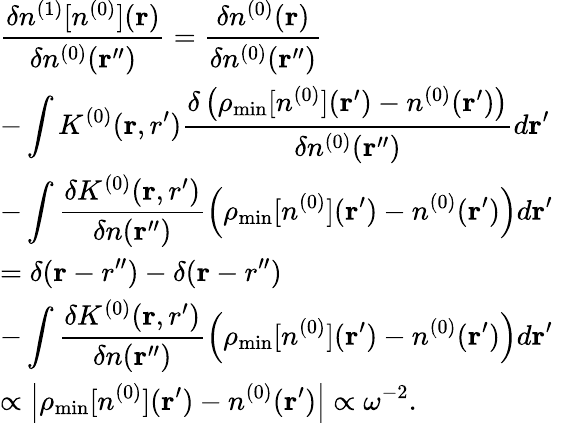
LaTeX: \begin{array}{l}{{\displaystyle\frac{\delta n^{(1)}[n^{(0)}]({\mathbf r})}{\delta n^{(0)}({\mathbf r^{\prime\prime}})}=\frac{\delta n^{(0)}({\mathbf r})}{\delta n^{(0)}({\mathbf r^{\prime\prime}})}}\ ~}\\ {{\displaystyle-\int K^{(0)}({\mathbf r,r^{\prime}})\frac{\delta\left(\rho_{\mathrm{min}}[n^{(0)}]({\mathbf r^{\prime}})-n^{(0)}({\mathbf r^{\prime}})\right)}{{\delta n^{(0)}({\mathbf r^{\prime\prime}})}}d{\mathbf r^{\prime}}}\ ~}\\ {{\displaystyle-\int\frac{\delta K^{(0)}({\mathbf r,r^{\prime}})}{\delta n({\mathbf r^{\prime\prime}})}\left(\rho_{\mathrm{min}}[n^{(0)}]({\mathbf r^{\prime}})-n^{(0)}({\mathbf r^{\prime}})\right)d{\mathbf r^{\prime}}}\ ~}\\ {{\displaystyle=\delta({\mathbf r-r^{\prime\prime}})-\delta({\mathbf r-r^{\prime\prime}})}\ ~}\\ {{\displaystyle-\int\frac{\delta K^{(0)}({\mathbf r,r^{\prime}})}{\delta n({\mathbf r^{\prime\prime}})}\left(\rho_{\mathrm{min}}[n^{(0)}]({\mathbf r^{\prime}})-n^{(0)}({\mathbf r^{\prime}})\right)d{\mathbf r^{\prime}}}\ ~}\\ {{\displaystyle\propto\left\vert\rho_{\mathrm{min}}[n^{(0)}]({\mathbf r^{\prime}})-n^{(0)}({\mathbf r^{\prime}})\right\vert\propto\omega^{-2}}.}\end{array}